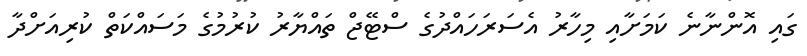
ގައި އޮންނާނެ ކަމަށާއި މިހާރު އެސަރަހައްދުގެ ސްޓޭޖް ތައްޔާރު ކުރުމުގެ މަސައްކަތް ކުރިއަށްދާ